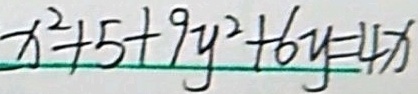
x ^ { 2 } + 5 + 9 y ^ { 2 } + 6 y = 4 x